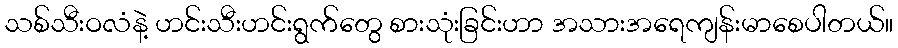
သစ်သီးဝလံနဲ့ ဟင်းသီးဟင်းရွက်တွေ စားသုံးခြင်းဟာ အသားအရေကျန်းမာစေပါတယ်။